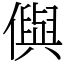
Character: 㒜